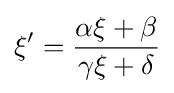
\xi '={\frac {\alpha \xi +\beta }{\gamma \xi +\delta }}